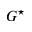
G ^ { \star }